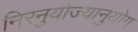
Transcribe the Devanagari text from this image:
निरनुयोज्यानुयोग